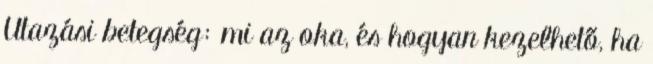
Utazási betegség: mi az oka, és hogyan kezelhető, ha